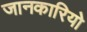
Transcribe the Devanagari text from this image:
जानकारियो